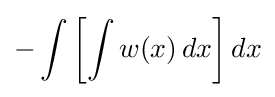
-\int \left[\int w(x)\,dx\right]dx